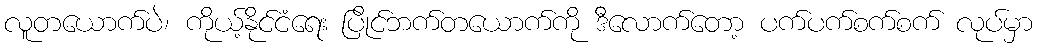
လူတယောက်ပဲ၊ ကိုယ့်နိုင်ငံရေး ပြိုင်ဘက်တယောက်ကို ဒီလောက်တော့ ပက်ပက်စက်စက် လုပ်မှာ